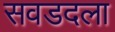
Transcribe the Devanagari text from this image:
सवडदला